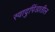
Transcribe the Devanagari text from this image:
स्वादुपिंडातील